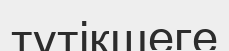
түтікшеге